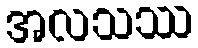
အလသဿ